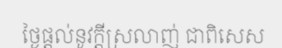
ថ្ងៃផ្តល់នូវក្តីស្រលាញ់ ជាពិសេស